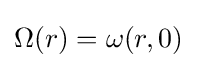
\Omega (r)=\omega (r,0)